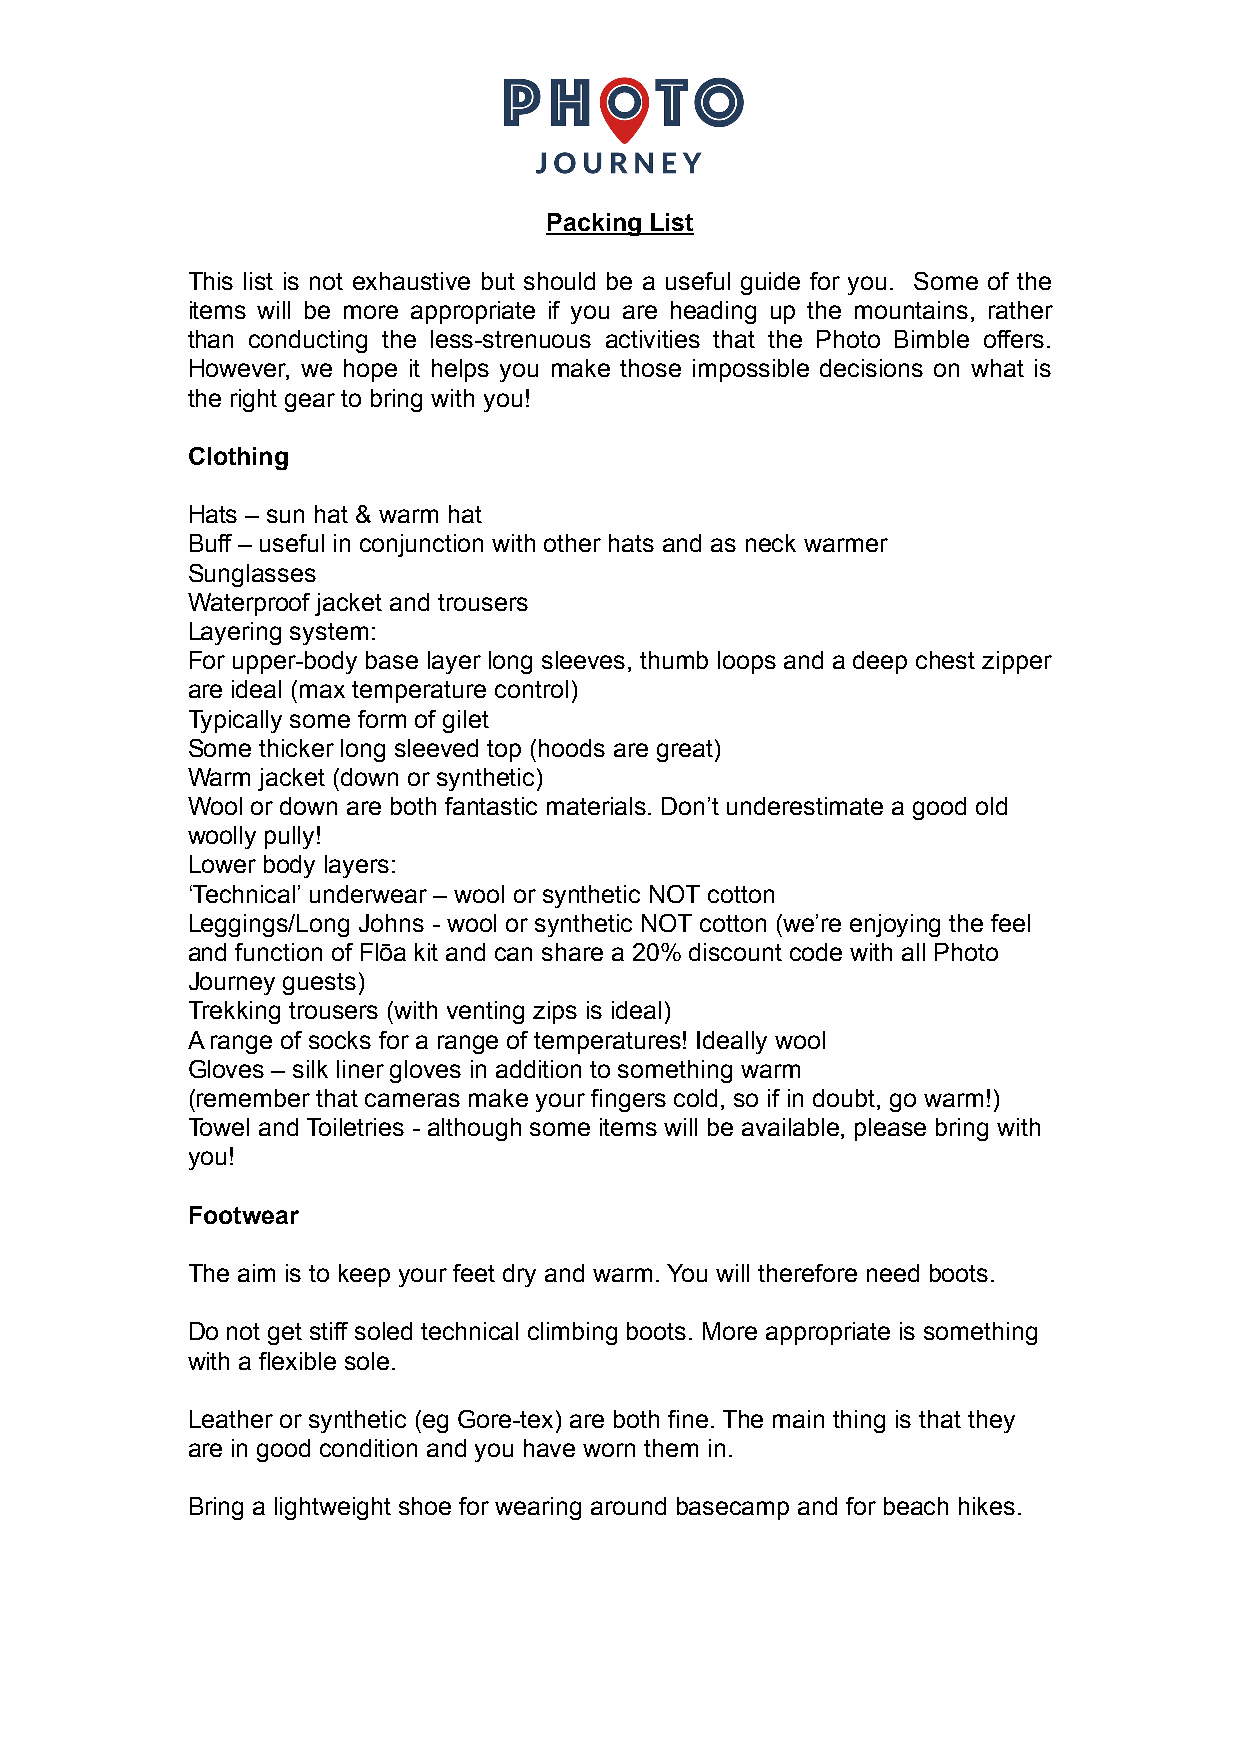
Packing List
 This list is not exhaustive but should be a useful guide for you. Some of the
 items will be more appropriate if you are heading up the mountains, rather
 than conducting the less-strenuous activities that the Photo Bimble offers.
 However, we hope it helps you make those impossible decisions on what is
 the right gear to bring with you!
 Clothing
 Hats – sun hat & warm hat
 Buff – useful in conjunction with other hats and as neck warmer
 Sunglasses
 Waterproof jacket and trousers
 Layering system:
 For upper-body base layer long sleeves, thumb loops and a deep chest zipper
 are ideal (max temperature control)
 Typically some form of gilet
 Some thicker long sleeved top (hoods are great)
 Warm jacket (down or synthetic)
 Wool or down are both fantastic materials. Don’t underestimate a good old
 woolly pully!
 Lower body layers:
 ‘Technical’ underwear – wool or synthetic NOT cotton
 Leggings/Long Johns - wool or synthetic NOT cotton (we’re enjoying the feel
 and function of Flōa kit and can share a 20% discount code with all Photo
 Journey guests)
 Trekking trousers (with venting zips is ideal)
 A range of socks for a range of temperatures! Ideally wool
 Gloves – silk liner gloves in addition to something warm
 (remember that cameras make your fingers cold, so if in doubt, go warm!)
 Towel and Toiletries - although some items will be available, please bring with
 you!
 Footwear
 The aim is to keep your feet dry and warm. You will therefore need boots.
 Do not get stiff soled technical climbing boots. More appropriate is something
 with a flexible sole.
 Leather or synthetic (eg Gore-tex) are both fine. The main thing is that they
 are in good condition and you have worn them in.
 Bring a lightweight shoe for wearing around basecamp and for beach hikes.